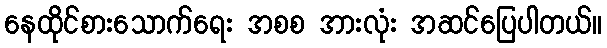
နေထိုင်စားသောက်ရေး အစစ အားလုံး အဆင်ပြေပါတယ်။